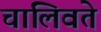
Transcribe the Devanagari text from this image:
चालिवते